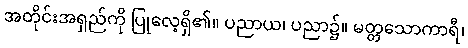
အတိုင်းအရှည်ကို ပြုလေ့ရှိ၏။ ပညာယ၊ ပညာ၌။ မတ္တသောကာရီ၊